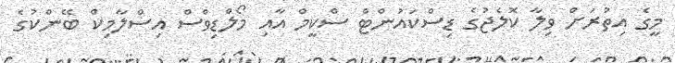
މީގެ އިތުރަށް ވިލާ ކޮލެޖުގެ ޑިސްކައުންޓް ސްކީމް އާއި މޯލްޑިވްސް އިސްލާމިކް ބޭންކުގެ